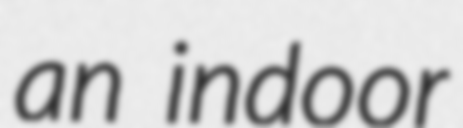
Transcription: an indoor